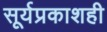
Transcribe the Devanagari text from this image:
सूर्यप्रकाशही